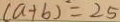
( a + b ) = 2 5